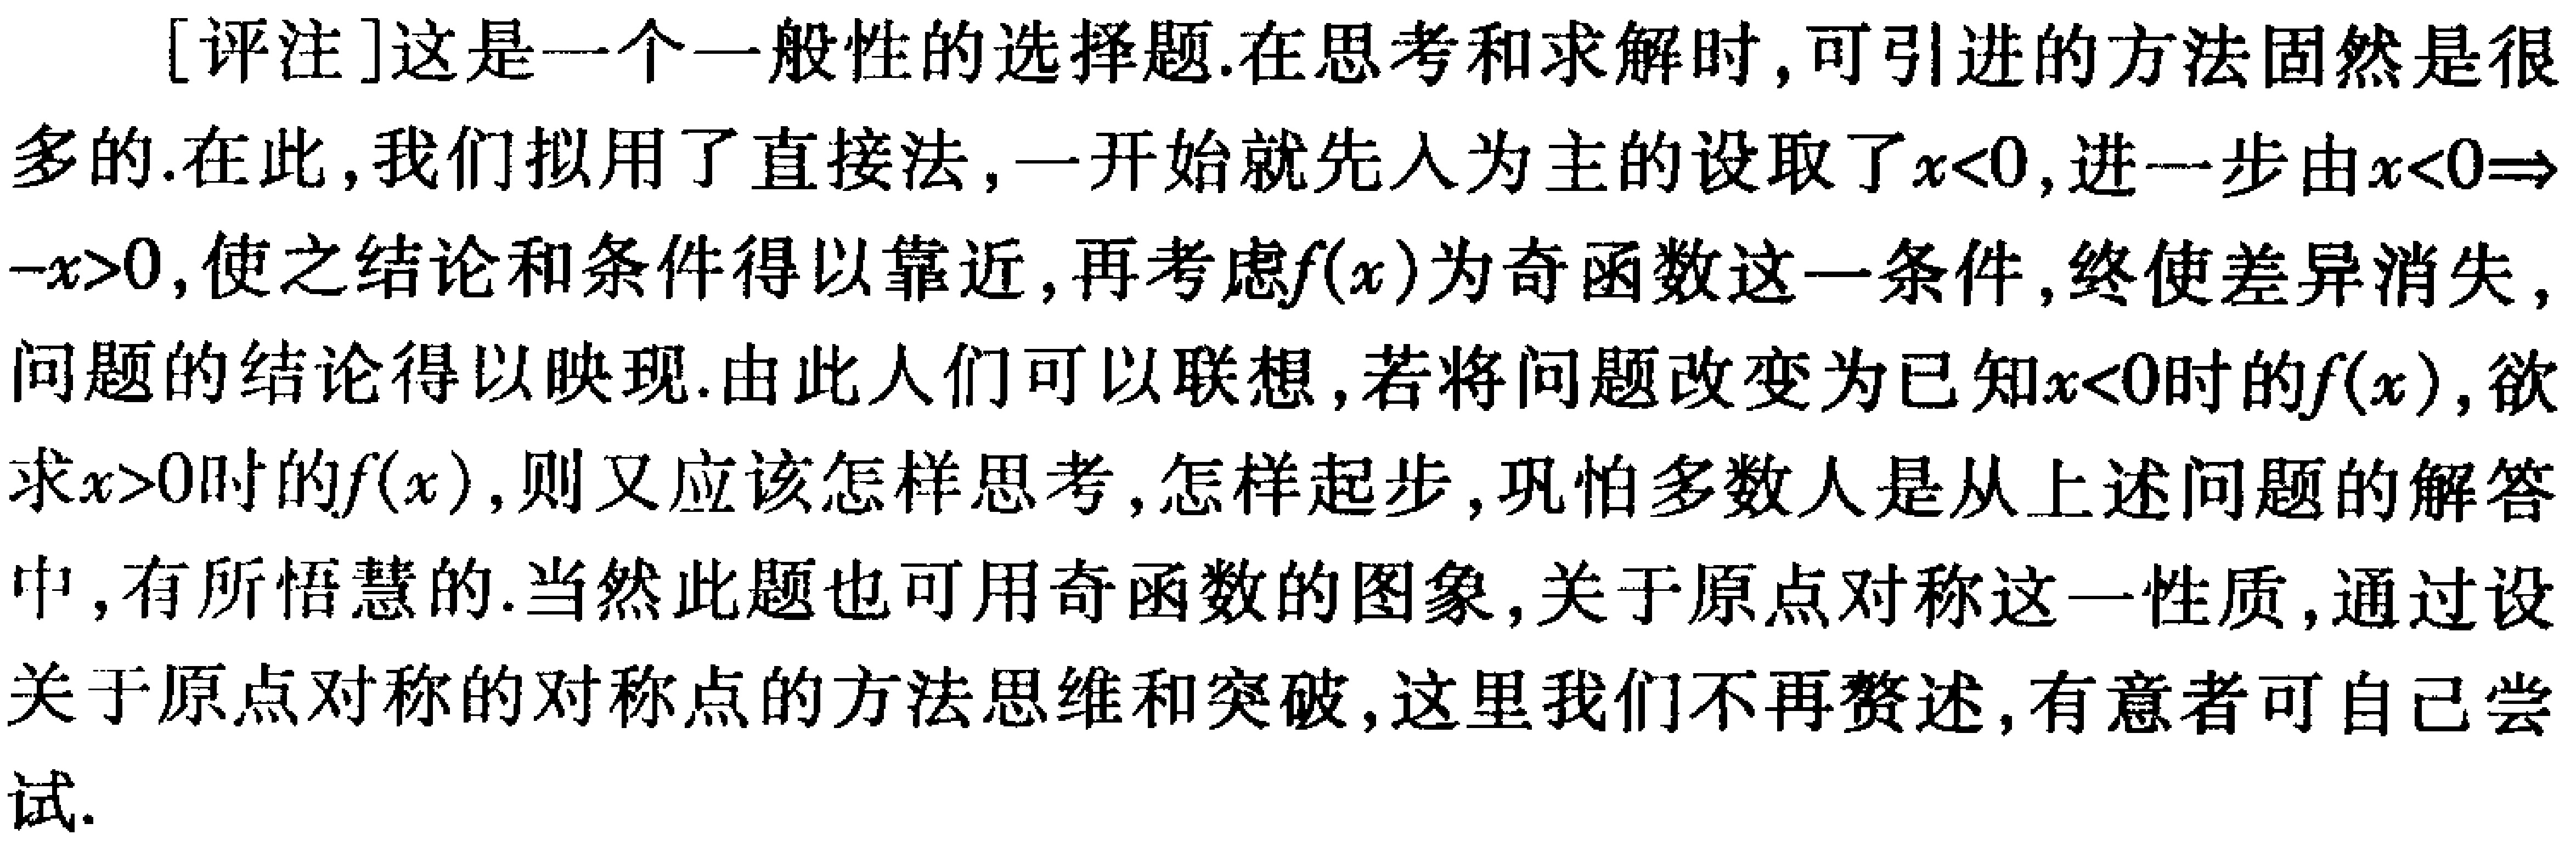
[评注]这是一个一般性的选择题.在思考和求解时,可引进的方法固然是很多的.在此,我们拟用了直接法,一开始就先入为主的设取了\(x<0\),进一步由\(x<0\Rightarrow -x>0\),使之结论和条件得以靠近,再考虑\(f(x)\)为奇函数这一条件,终使差异消失,问题的结论得以映现.由此人们可以联想,若将问题改变为已知\(x<0\)时的\(f(x)\),欲求\(x>0\)时的\(f(x)\),则又应该怎样思考,怎样起步,巩怕多数人是从上述问题的解答中,有所悟慧的.当然此题也可用奇函数的图象,关于原点对称这一性质,通过设关于原点对称的对称点的方法思维和突破,这里我们不再赘述,有意者可自己尝试.